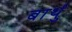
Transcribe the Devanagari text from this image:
बार्थु